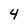
Character: 4